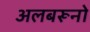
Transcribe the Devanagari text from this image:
अलबरूनो